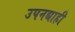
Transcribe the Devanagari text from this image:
उपनद्याही